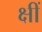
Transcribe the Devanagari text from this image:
क्षीं